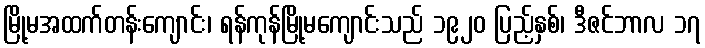
မြို့မအထက်တန်းကျောင်း၊ ရန်ကုန်မြို့မကျောင်းသည် ၁၉၂၀ ပြည့်နှစ်၊ ဒီဇင်ဘာလ ၁၇